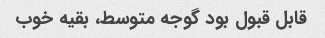
قابل قبول بود گوجه متوسط، بقیه خوب